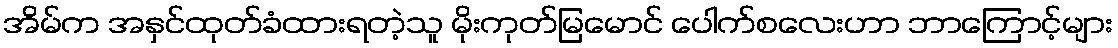
အိမ်က အနှင်ထုတ်ခံထားရတဲ့သူ မိုးကုတ်မြမောင် ပေါက်စလေးဟာ ဘာကြောင့်များ